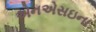
એનએસઇના